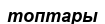
топтары